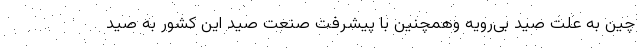
چین به علت صید بی‌رویه وهمچنین با پیشرفت صنعت صید این کشور به صید